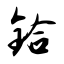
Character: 铪